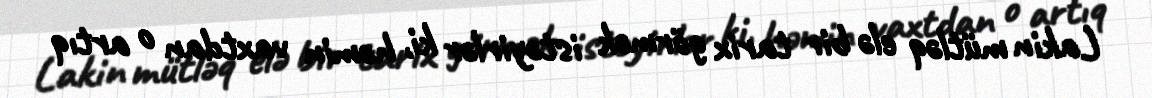
Lakin mütləq elə bir tarix görmək istəyirlər ki, həmin vaxtdan o artıq